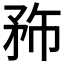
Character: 𥍦